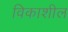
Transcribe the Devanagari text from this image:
विकाशील